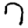
Digit: 7